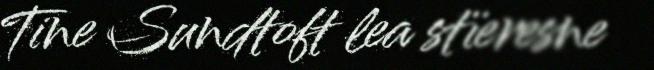
Tine Sundtoft lea stïeresne